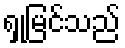
ရှုမြင်သည်